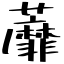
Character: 蘼